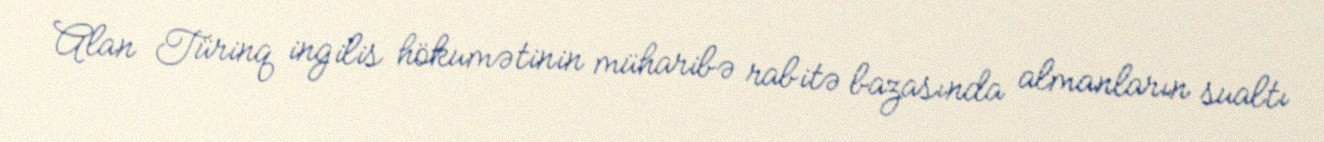
Alan Türinq ingilis hökumətinin müharibə rabitə bazasında almanların sualtı